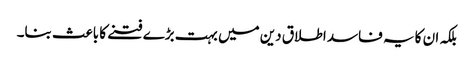
بلکہ ان کا یہ فاسد اطلاق دین میں بہت بڑے فتنے کا باعث بنا۔